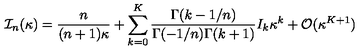
{ \cal I } _ { n } ( \kappa ) = { \frac { n } { ( n + 1 ) \kappa } } + \sum _ { k = 0 } ^ { K } { \frac { \Gamma ( k - 1 / n ) } { \Gamma ( - 1 / n ) \Gamma ( k + 1 ) } } I _ { k } \kappa ^ { k } + { \cal O } ( \kappa ^ { K + 1 } )